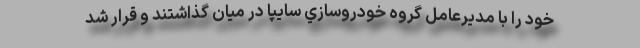
خود را با مديرعامل گروه خودروسازي سايپا در ميان گذاشتند و قرار شد